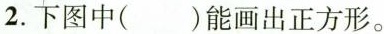
2.下图中( )能画出正方形。